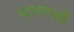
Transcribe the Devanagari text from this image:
भावनओं